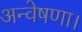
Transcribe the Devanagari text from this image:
अन्वेषणा।